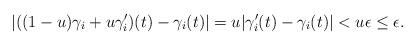
LaTeX: \begin{align*}|((1-u)\gamma_i+u\gamma'_i)(t) - \gamma_i(t)| = u|\gamma'_i(t) - \gamma_i(t)| < u\epsilon \leq \epsilon.\end{align*}